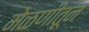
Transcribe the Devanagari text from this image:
मेळणीतून